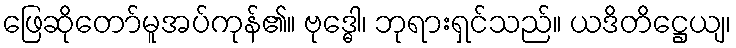
ဖြေဆိုတော်မူအပ်ကုန်၏။ ဗုဒ္ဓေါ၊ ဘုရားရှင်သည်။ ယဒိတိဋ္ဌေယျ၊